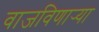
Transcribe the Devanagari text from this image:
वाजविणार्‍या